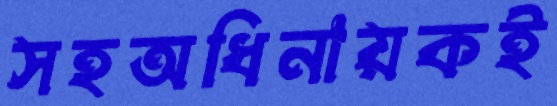
সহঅধিনায়কই